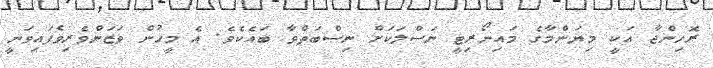
ރޮހިންޖާ އަކީ މިޔަންމާގެ މައިނޯރިޓީ ނަސްލަކަށް ނިސްބަތްވާ ބައެކެވެ. އެ މީހުން ވަޒަންވެރިވެފައިވަނީ